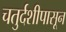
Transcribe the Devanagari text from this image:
चतुर्दशीपासून